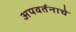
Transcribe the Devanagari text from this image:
अपवर्तनाचे